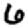
Digit: 6